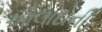
ઓલાદોની